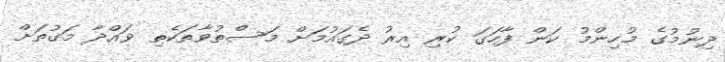
ދިނުމުގެ މުހިންމު ކަން ފާހަގަ ކުރި އިރު ދެގައުމަށް މަސްތުވާތަކެތި ވައްދާ މަގުތަށް